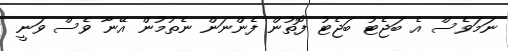
ނަމަވެސް އެ ބަޖެޓު ބަޖެޓު ފޮތުން ފެންނަން ނެތުމުން އޭނާ ވެސް ވަނީ